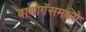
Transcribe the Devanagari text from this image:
बायोगॅसमध्ये